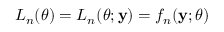
L _ { n } ( \theta ) = L _ { n } ( \theta ; \mathbf { y } ) = f _ { n } ( \mathbf { y } ; \theta )